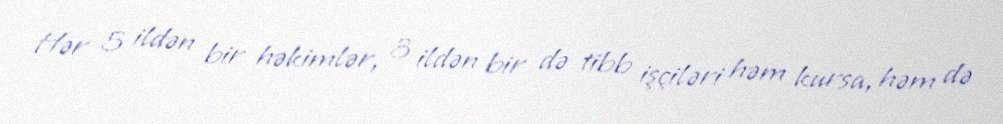
Hər 5 ildən bir həkimlər, 3 ildən bir də tibb işçiləri həm kursa, həm də